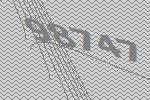
98747